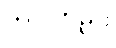
တပါတည်း